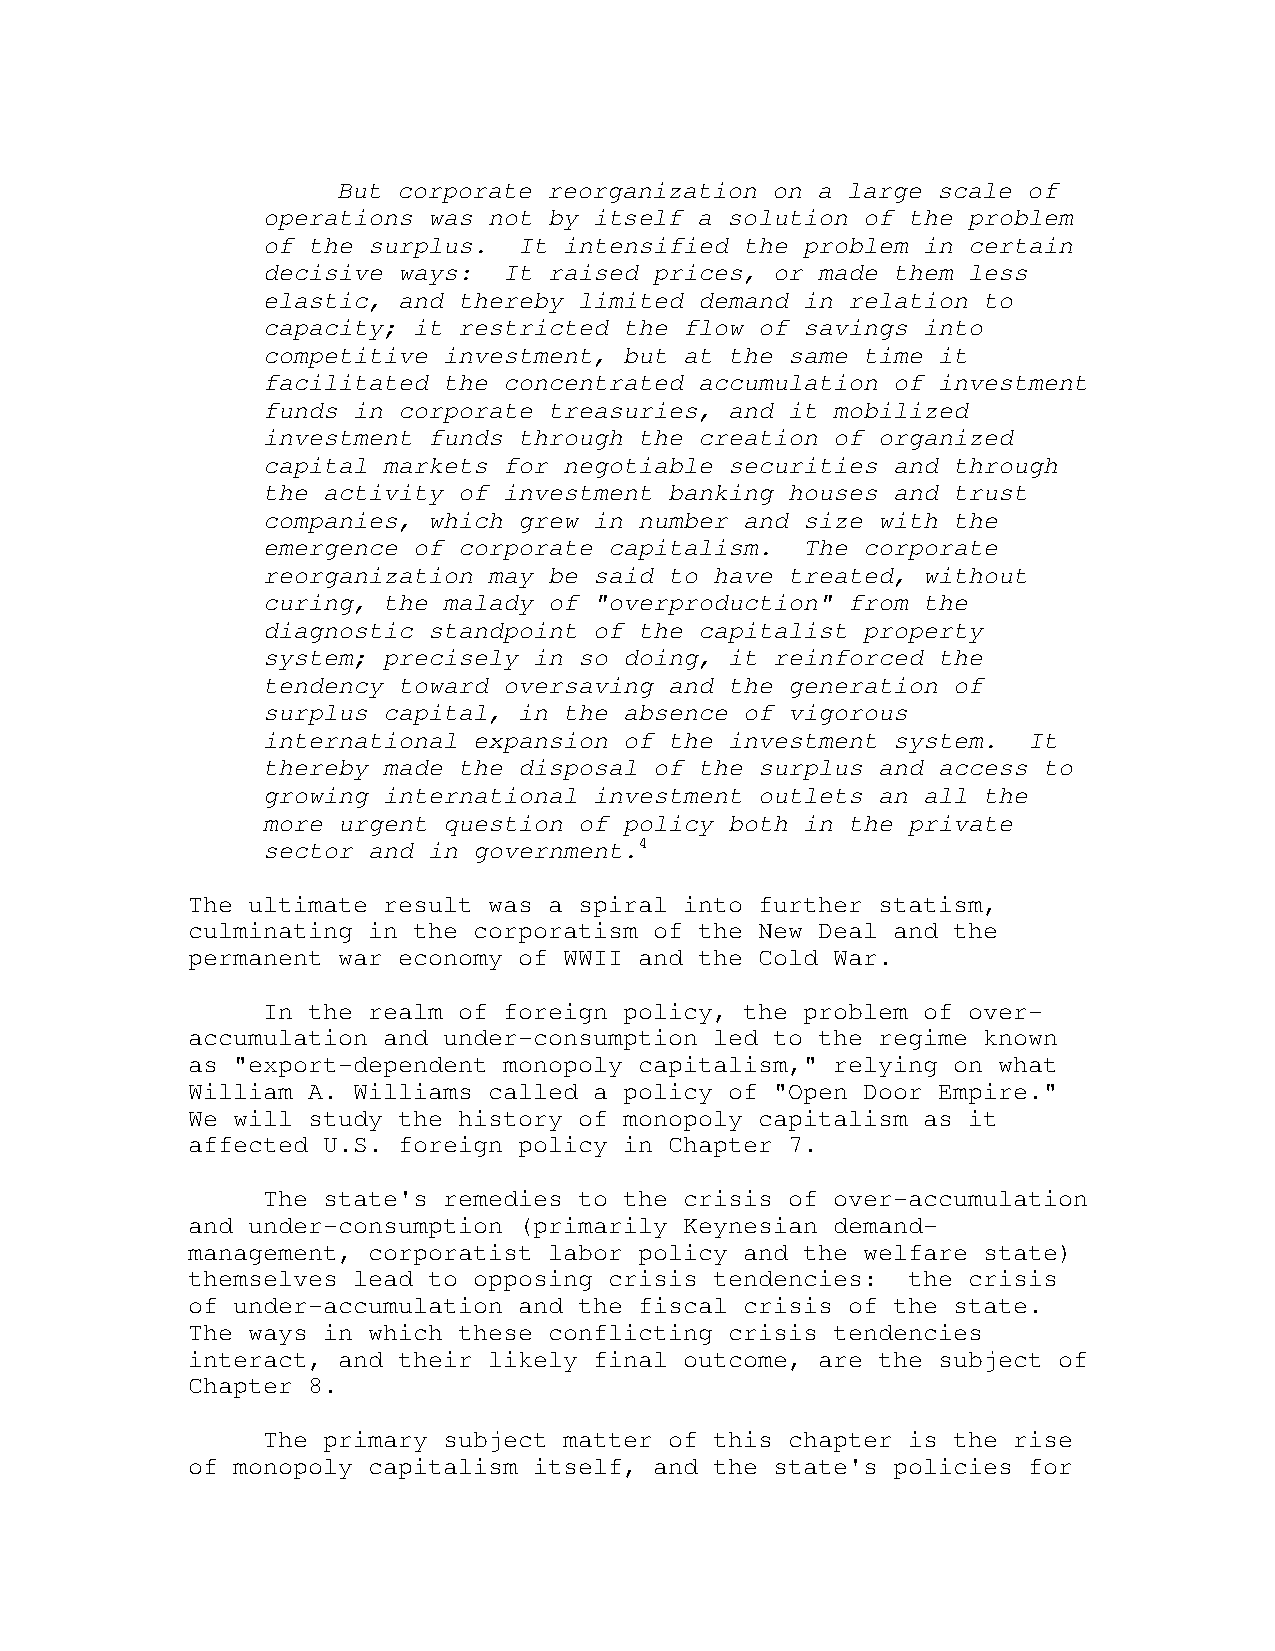
But corporate reorganization on a large scale of
 operations was not by itself a solution of the problem
 of the surplus.  It intensified the problem in certain
 decisive ways:  It raised prices, or made them less
 elastic, and thereby limited demand in relation to
 capacity; it restricted the flow of savings into
 competitive investment, but at the same time it
 facilitated the concentrated accumulation of investment
 funds in corporate treasuries, and it mobilized
 investment funds through the creation of organized
 capital markets for negotiable securities and through
 the activity of investment banking houses and trust
 companies, which grew in number and size with the
 emergence of corporate capitalism.  The corporate
 reorganization may be said to have treated, without
 curing, the malady of "overproduction" from the
 diagnostic standpoint of the capitalist property
 system; precisely in so doing, it reinforced the
 tendency toward oversaving and the generation of
 surplus capital, in the absence of vigorous
 international expansion of the investment system.  It
 thereby made the disposal of the surplus and access to
 growing international investment outlets an all the
 more urgent question of policy both in the private
 sector and in government.4
 The ultimate result was a spiral into further statism,
 culminating in the corporatism of the New Deal and the
 permanent war economy of WWII and the Cold War.
 In the realm of foreign policy, the problem of over-
 accumulation and under-consumption led to the regime known
 as "export-dependent monopoly capitalism," relying on what
 William A. Williams called a policy of "Open Door Empire."
 We will study the history of monopoly capitalism as it
 affected U.S. foreign policy in Chapter 7.
 The state's remedies to the crisis of over-accumulation
 and under-consumption (primarily Keynesian demand-
 management, corporatist labor policy and the welfare state)
 themselves lead to opposing crisis tendencies:  the crisis
 of under-accumulation and the fiscal crisis of the state.
 The ways in which these conflicting crisis tendencies
 interact, and their likely final outcome, are the subject of
 Chapter 8.
 The primary subject matter of this chapter is the rise
 of monopoly capitalism itself, and the state's policies for